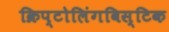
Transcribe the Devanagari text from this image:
क्रिप्टोलिंगविस्टिक